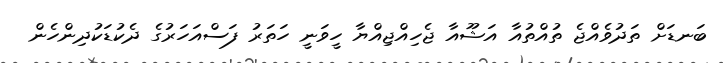
ބަނޑަށް ތަދުވެެއްޖެ ތުއްތުއާ އަޝޫއާ ޖެހިއްޖިއްޔާ ހީވަނީ ހަތަރު ފަސްއަހަރުގެ ދެކުޑަކުދިންހެން